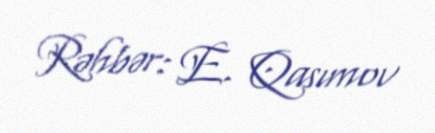
Rəhbər: E. Qasımov